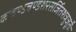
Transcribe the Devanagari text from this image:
कोदण्डचण्डशरसर्जितशत्रुजूर्तेः